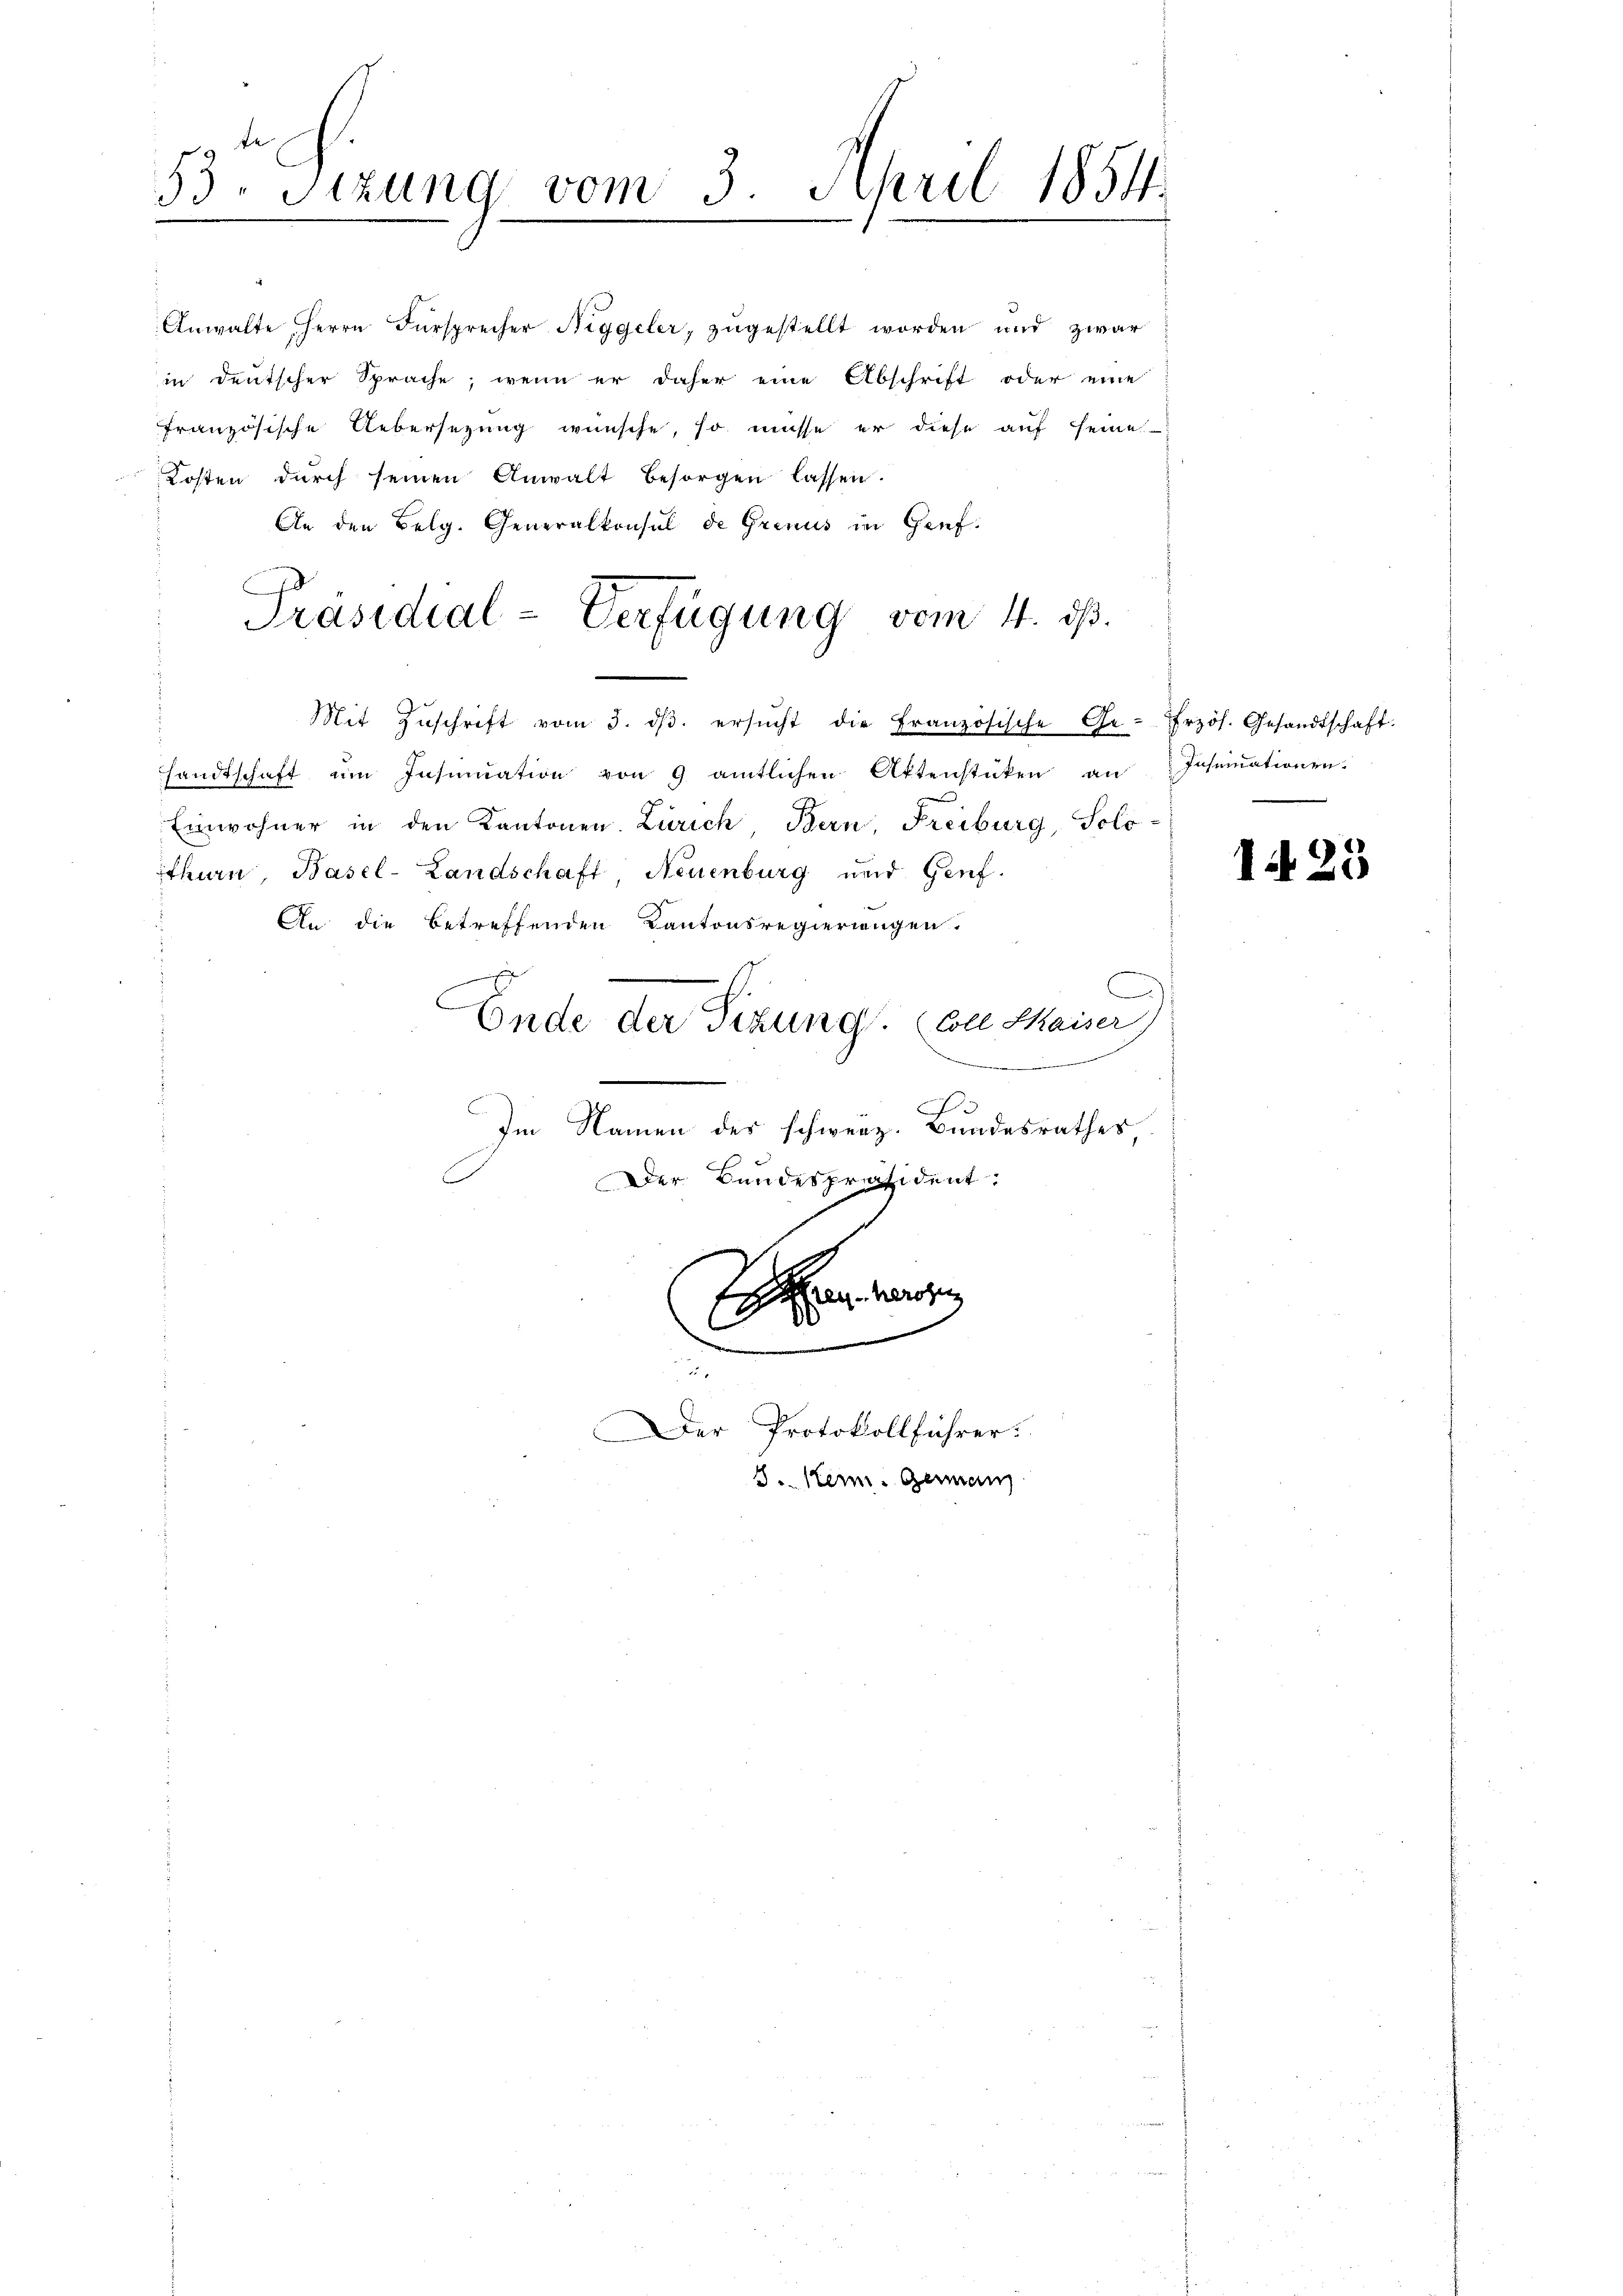
Stzung vom 3. April 1854.
53.
e
.

Präsidial-Verfügung vom 4. ds.
Mit Zŭschrift vom 3. dβ. ersŭcht die Französische Ge-frzös. Gesandtschaft.

e

Anwalte, Herrn Fürsprecher Niggeler, zŭgestellt worden und zwar
in deutscher Sprache, wenn er daher eine Abschrift oder eine
französische Uebersetzung wünsche, so müsse er diese auf seine
Kosten durch seinen Anwalt besorgen lassen.
An den Belg. Generalkonsul de Grinus in Genf.
sandtschaft ŭm Insinuation von 9 amtlichen Aktenstücken an Instrationen.
Einwohner in den Kantonen. Zürich, Bern, Freiburg, Solo
tthurn, Basel-Landschaft, Neuenburg und Genf.
An die betreffenden Kantonsregierungen.
.
d
C
Ende der Sitzung. Colle Maiser
F
Im Namen des schwerz. Bundesrathes
Der Bundespräsident:
an versten
de

22
Der Protokollführer:
S. Kein Germann

n

1423